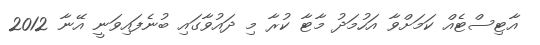
އާޓިސްޓެއް ކަމަށްވާ އަހުމަދު މާޓާ ކުރާ މި ދައުވާގައި ބުނެފައިވަނީ އޭނާ 2012